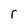
Character: r